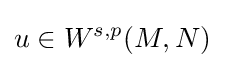
u\in W^{s,p}(M,N)